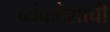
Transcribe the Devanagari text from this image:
व्यंकटेशाची